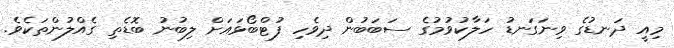
މިއީ ދަނޑުގެ ވިނަގަނޑު ހަލާކުވުމުގެ ސަބަބުން ދިވެހި ފުޓްބޯޅައަށް ލިބުނު ބޮޑެތި ގެއްލުންތަކެވެ.